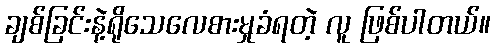
ချစ်ခြင်းနဲ့ရိုသေလေစားမှုခံရတဲ့ လူ ဖြစ်ပါတယ်။